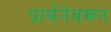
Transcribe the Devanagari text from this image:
प्रार्थनेवरून